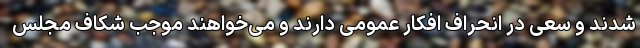
شدند و سعی در انحراف افکار عمومی دارند و می‌خواهند موجب شکاف مجلس